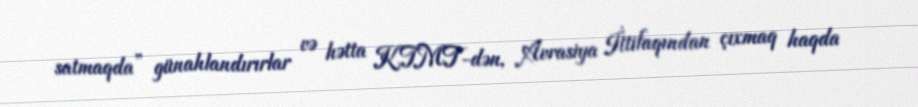
satmaqda” günahlandırırlar və hətta KTMT-dən, Avrasiya İttifaqından çıxmaq haqda